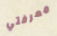
معرفتي